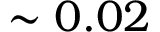
\sim 0 . 0 2